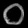
Digit: ၀